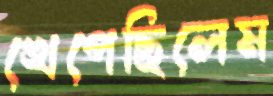
খেপেছিলেম